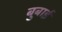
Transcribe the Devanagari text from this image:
बुबाई